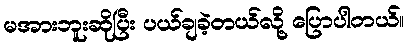
မအားဘူးဆိုပြီး ပယ်ချခဲ့တယ်လို့ ပြောပါတယ်။